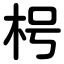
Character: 枵